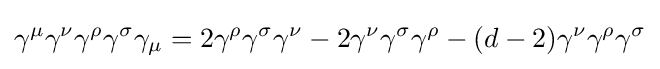
\gamma ^{\mu }\gamma ^{\nu }\gamma ^{\rho }\gamma ^{\sigma }\gamma _{\mu }=2\gamma ^{\rho }\gamma ^{\sigma }\gamma ^{\nu }-2\gamma ^{\nu }\gamma ^{\sigma }\gamma ^{\rho }-(d-2)\gamma ^{\nu }\gamma ^{\rho }\gamma ^{\sigma }